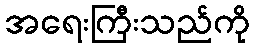
အရေးကြီးသည်ကို